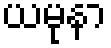
ယမုနာ